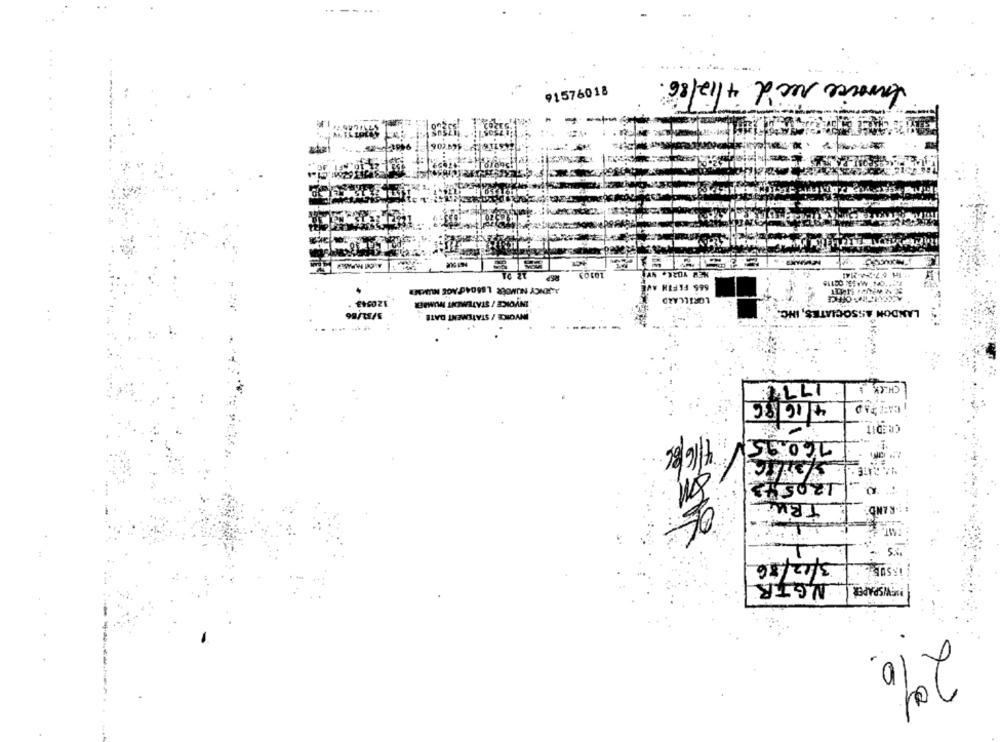
----
Invoice rec'd 4/12/86 .
91576018
12 01
REP
10103
NEW YORK. NY
IH $7-22-24
ALJNCY NUMBER L 8604TAGE NUMMER
SES FIFTH AVE
LORILLARD
ARCHIEINY OFFICE
120343
INVOICE / STATEMENT NUMBER
3/31/86
LANDON ASSOCIATES, INC.
INVOICE / STATEMENT DATE
1774
CHECK
4/16/86
CAFE TAD
CREDIT
71682
760.95
120542
TRUC
::- RAND
3/12/86
NGER
BREWSPAPER
2%